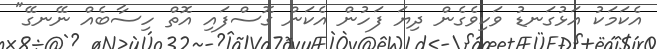
އެކަމަކު އަޅުގަނޑު ވަކިވެގެން ދިޔަ ފަހުން އެކަން ގޮސްފައި އޮތް ހިސާބެއް ނޭނގޭ"